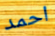
احمد